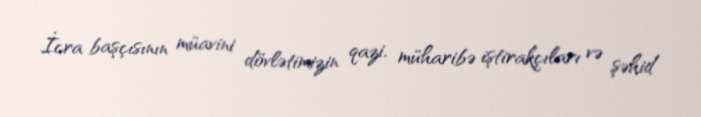
İcra başçısının müavini dövlətimizin qazi, müharibə iştirakçıları və şəhid